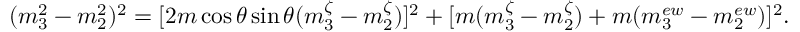
( m _ { 3 } ^ { 2 } - m _ { 2 } ^ { 2 } ) ^ { 2 } = [ 2 m \cos \theta \sin \theta ( m _ { 3 } ^ { \zeta } - m _ { 2 } ^ { \zeta } ) ] ^ { 2 } + [ m ( m _ { 3 } ^ { \zeta } - m _ { 2 } ^ { \zeta } ) + m ( m _ { 3 } ^ { e w } - m _ { 2 } ^ { e w } ) ] ^ { 2 } .